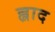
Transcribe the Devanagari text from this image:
ह्लाद